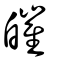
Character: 皠